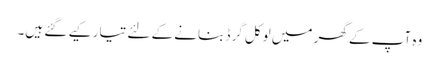
وہ آپ کے گھر میں لوکل گرڈ بنانے کے لئے تیار کیے گئے ہیں۔